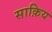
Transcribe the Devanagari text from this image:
साक़िय